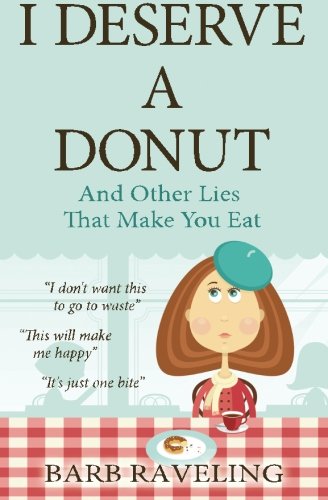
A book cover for I Deserve a Donut (And Other Lies That Make You Eat): A Christian Weight Loss Resource; Barb Raveling; Christian Books & Bibles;